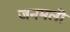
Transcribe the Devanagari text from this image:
जनमली